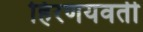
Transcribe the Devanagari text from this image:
हिरणयवती